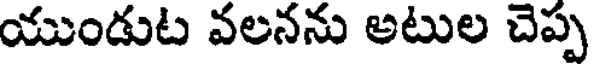
యుండుట వలనను అటుల చెప్ప